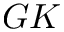
G K